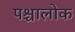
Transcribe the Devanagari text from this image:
पश्चालोक